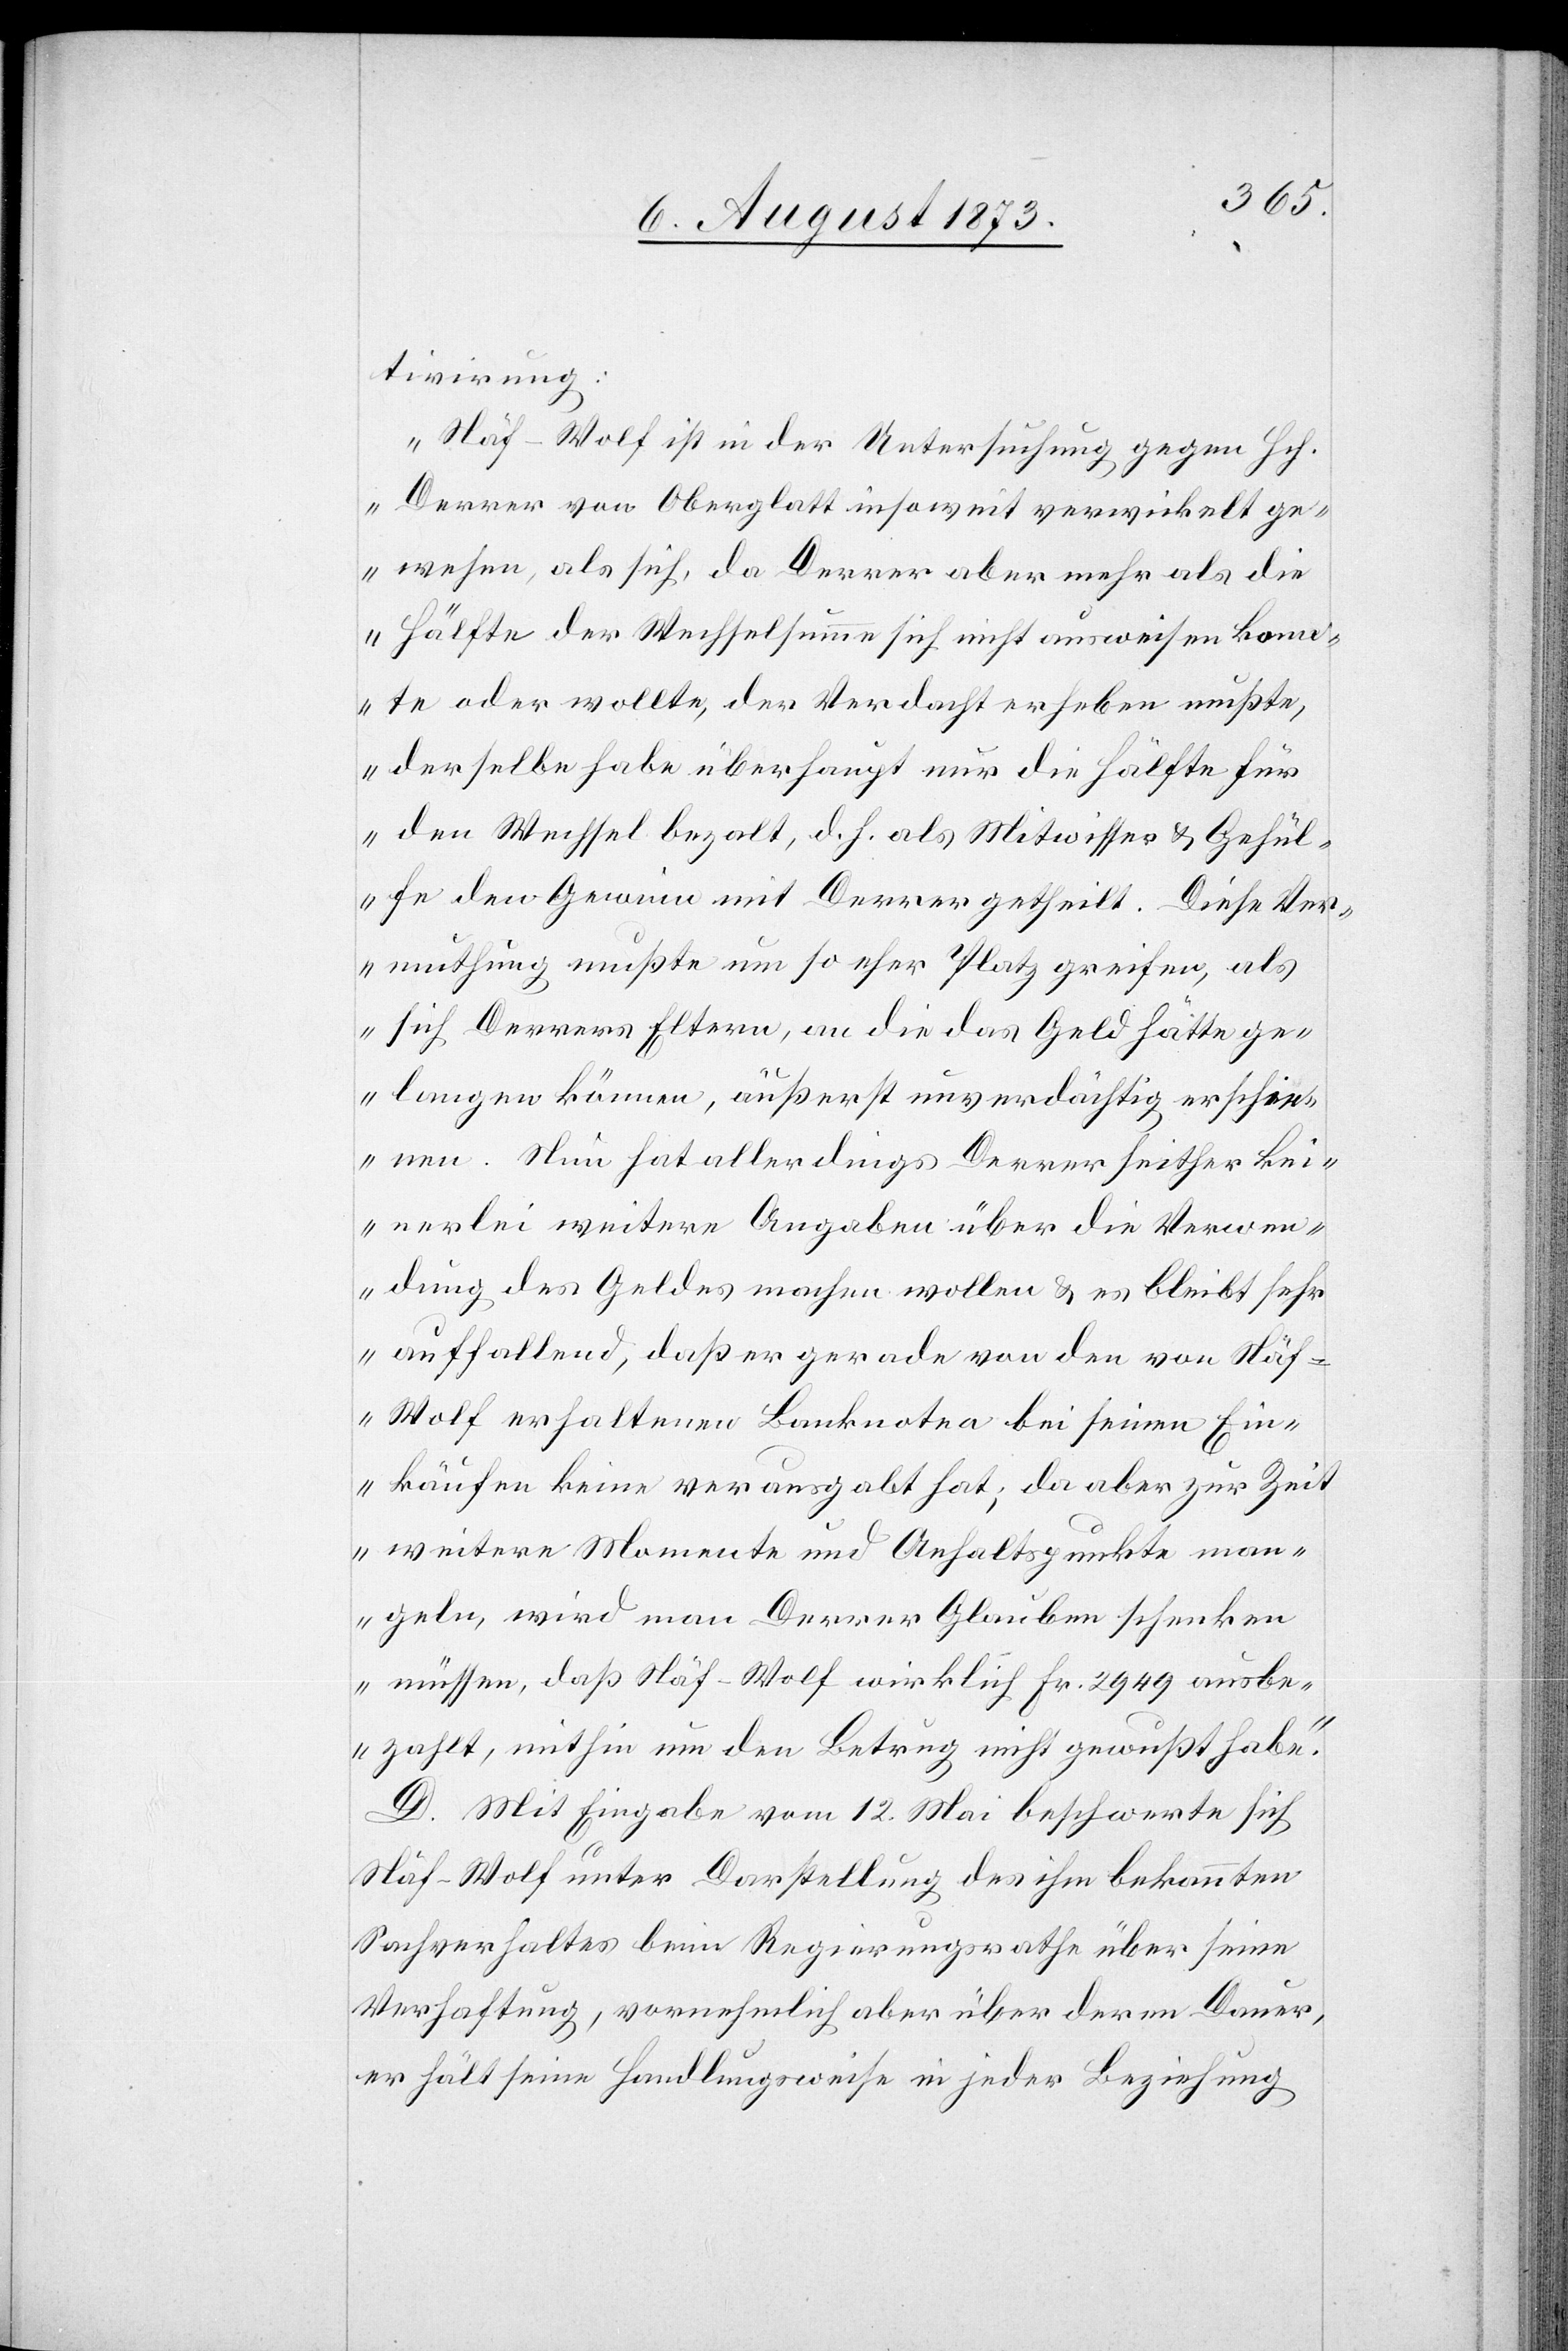
tivirung:
„Näf-Wolf ist in der Untersuchung gegen Hch.
Derrer von Oberglatt insoweit verwickelt ge¬
wesen, als sich, da Derrer aber [recte: über] mehr als die
Hälfte der Wechselsumme sich nicht ausweisen konn¬
te oder wollte, der Verdacht erheben mußte,
derselbe habe überhaupt nur die Hälfte für
den Wechsel bezalt, d. h. als Mitwisser & Gehül¬
fe den Gewinn mit Derrer getheilt. Diese Ver¬
muthung mußte um so eher Platz greifen, als
[sic!] Derrers Eltern, an die das Geld hätte ge¬
langen können, äußerst unverdächtig erschie¬
nen. Nun hat allerdings Derrer seither kei¬
nerlei weitere Angaben über die Verwen¬
dung des Geldes machen wollen & es bleibt sehr
auffallend, daß er gerade von den von Näf-W¬
olf erhaltenen Banknoten bei seinen Ein¬
käufen keine verausgabt hat; da aber zur Zeit
weitere Momente und Anhaltspunkte man¬
geln, wird man Derrer Glauben schenken
müssen, daß Näf-Wolf wirklich Fr. 2 949 ausbe¬
zahlt, mithin um den Betrug nicht gewußt habe.“
D. Mit Eingabe vom 12. Mai beschwerte sich
Näf-Wolf unter Darstellung des ihm bekannten
Sachverhaltes beim Regierungsrathe über seine
Verhaftung, vornehmlich aber über deren Dauer,
er hält seine Handlungsweise in jeder Beziehung